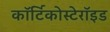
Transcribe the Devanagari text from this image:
कॉर्टिकोस्टेरॉइड